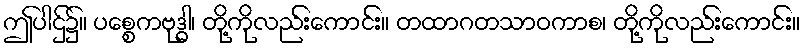
ဤပါဌ်၌။ ပစ္စေကဗုဒ္ဓါ၊ တို့ကိုလည်းကောင်း။ တထာဂတသာဝကာစ၊ တို့ကိုလည်းကောင်း။